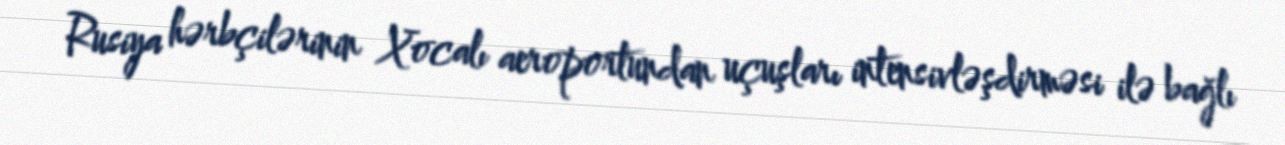
Rusiya hərbçilərinin Xocalı aeroportundan uçuşları intensivləşdirməsi ilə bağlı